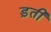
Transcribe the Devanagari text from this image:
ड़ती